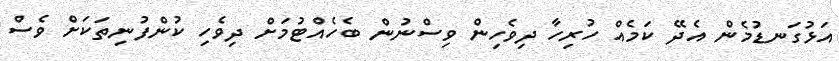
އަޅުގަނޑުމެން އެދޭ ކަމެއް ހުރިހާ ދިވެހިން ވިސްނުން ބެހެއްޓުމަށް ދިވެހި ކުންފުނިތަކަށް ވެސް